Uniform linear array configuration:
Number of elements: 16
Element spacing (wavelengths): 1
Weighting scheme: hamming
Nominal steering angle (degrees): -30
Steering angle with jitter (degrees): -29.813
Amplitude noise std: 0.05
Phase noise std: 0.05

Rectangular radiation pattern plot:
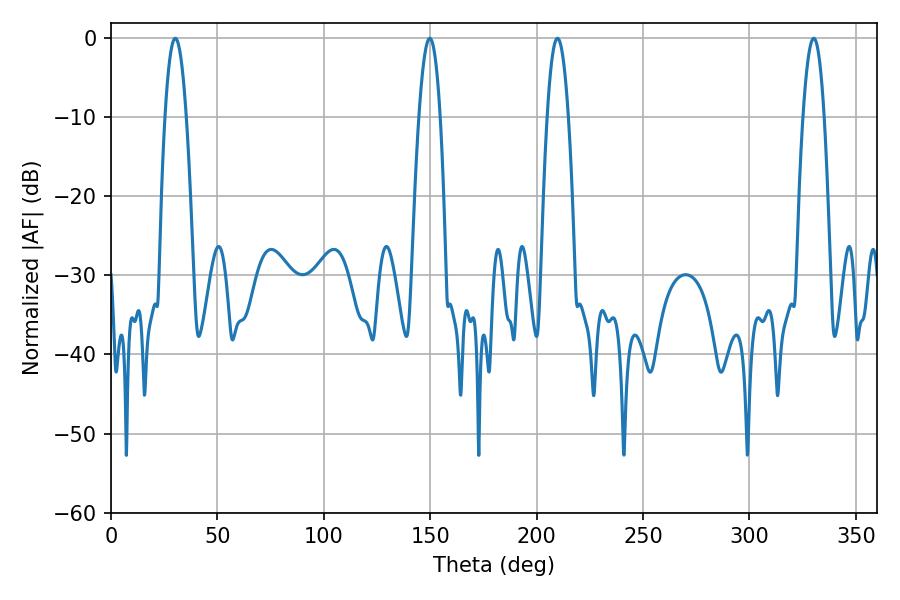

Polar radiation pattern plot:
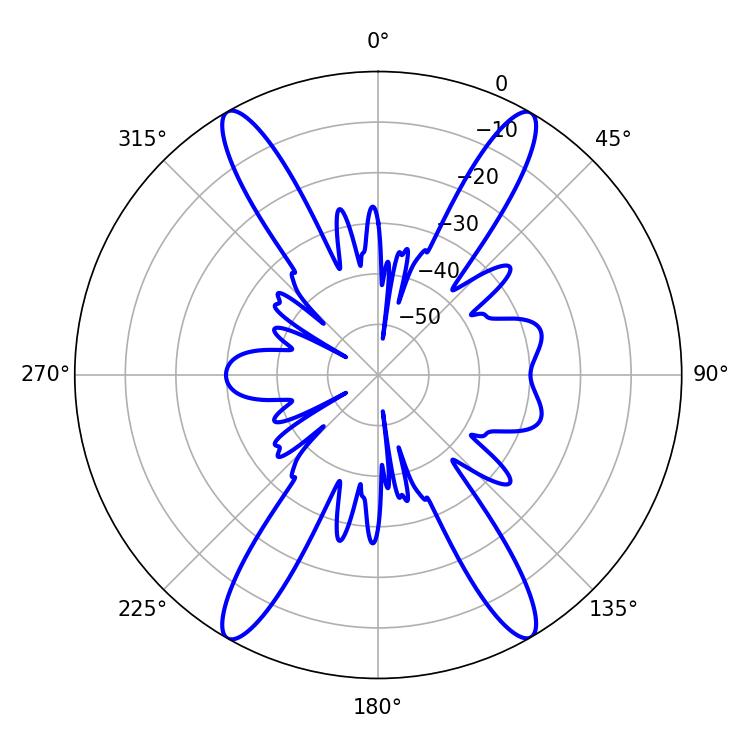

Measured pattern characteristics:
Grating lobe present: TRUE
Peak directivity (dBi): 28.201
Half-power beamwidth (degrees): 5.4
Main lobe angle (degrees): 30.24